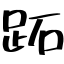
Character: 跖